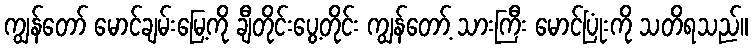
ကျွန်တော် မောင်ချမ်းမြေ့ကို ချီတိုင်းပွေ့တိုင်း ကျွန်တော့် သားကြီး မောင်ပြုံးကို သတိရသည်။